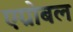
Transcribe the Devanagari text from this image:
एग्रोबल